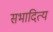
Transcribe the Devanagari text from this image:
सभादित्य